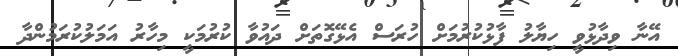
އޭނާ ވިދާޅުވީ ހިޔާލު ފާޅުކުރުމަށް ހުރަސް އެޅޭގޮތަށް ދައުވާ ކުރުމަކީ މިހާރު އަމަލުކުރަމުންދާ